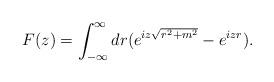
LaTeX: \begin{align*}F(z)=\int_{-\infty}^\infty dr (e^{iz\sqrt{r^2+m^2}}-e^{izr}).\end{align*}